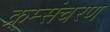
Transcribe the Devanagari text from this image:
क्र्म्संचरण